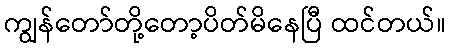
ကျွန်တော်တို့တော့ပိတ်မိနေပြီ ထင်တယ်။